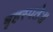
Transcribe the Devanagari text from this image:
बृहस्पतेः॥